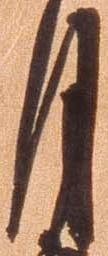
月